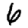
Digit: 6